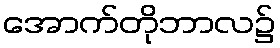
အောက်တိုဘာလ၌